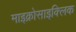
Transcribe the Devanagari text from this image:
माइक्रोसाइक्लिक